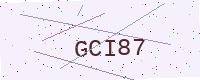
Text: GCI87